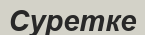
Суретке